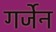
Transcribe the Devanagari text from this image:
गर्जेन